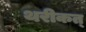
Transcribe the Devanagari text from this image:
थरीकत्